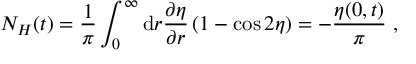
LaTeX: N _ { H } ( t ) = \frac { 1 } { \pi } \int _ { 0 } ^ { \infty } \mathrm { d } r \frac { \partial \eta } { \partial r } \left( 1 - \cos 2 \eta \right) = - \frac { \eta ( 0 , t ) } { \pi } \ ,